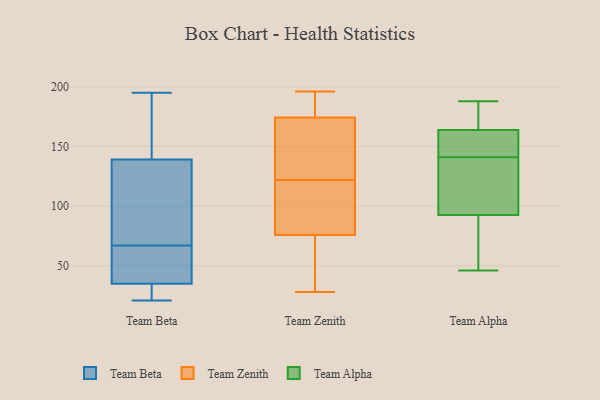
{"axis": {"x": "Market Share (%)", "y": "Value"}, "legend": ["Team Alpha", "Team Beta", "Team Zenith"], "data": [{"x": "", "y": 43, "type": "Team Beta"}, {"x": "", "y": 32, "type": "Team Beta"}, {"x": "", "y": 21, "type": "Team Beta"}, {"x": "", "y": 91, "type": "Team Beta"}, {"x": "", "y": 139, "type": "Team Beta"}, {"x": "", "y": 136, "type": "Team Beta"}, {"x": "", "y": 195, "type": "Team Beta"}, {"x": "", "y": 169, "type": "Team Beta"}, {"x": "", "y": 35, "type": "Team Beta"}, {"x": "", "y": 37, "type": "Team Beta"}, {"x": "", "y": 77, "type": "Team Zenith"}, {"x": "", "y": 72, "type": "Team Zenith"}, {"x": "", "y": 175, "type": "Team Zenith"}, {"x": "", "y": 122, "type": "Team Zenith"}, {"x": "", "y": 118, "type": "Team Zenith"}, {"x": "", "y": 98, "type": "Team Zenith"}, {"x": "", "y": 196, "type": "Team Zenith"}, {"x": "", "y": 165, "type": "Team Zenith"}, {"x": "", "y": 107, "type": "Team Zenith"}, {"x": "", "y": 174, "type": "Team Zenith"}, {"x": "", "y": 57, "type": "Team Zenith"}, {"x": "", "y": 35, "type": "Team Zenith"}, {"x": "", "y": 161, "type": "Team Zenith"}, {"x": "", "y": 186, "type": "Team Zenith"}, {"x": "", "y": 166, "type": "Team Zenith"}, {"x": "", "y": 194, "type": "Team Zenith"}, {"x": "", "y": 28, "type": "Team Zenith"}, {"x": "", "y": 166, "type": "Team Alpha"}, {"x": "", "y": 46, "type": "Team Alpha"}, {"x": "", "y": 188, "type": "Team Alpha"}, {"x": "", "y": 141, "type": "Team Alpha"}, {"x": "", "y": 94, "type": "Team Alpha"}, {"x": "", "y": 186, "type": "Team Alpha"}, {"x": "", "y": 113, "type": "Team Alpha"}, {"x": "", "y": 156, "type": "Team Alpha"}, {"x": "", "y": 72, "type": "Team Alpha"}, {"x": "", "y": 92, "type": "Team Alpha"}, {"x": "", "y": 143, "type": "Team Alpha"}, {"x": "", "y": 56, "type": "Team Alpha"}, {"x": "", "y": 157, "type": "Team Alpha"}, {"x": "", "y": 99, "type": "Team Alpha"}, {"x": "", "y": 173, "type": "Team Alpha"}]}